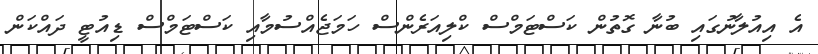
އެ އިއުލާނުގައި ބުނާ ގޮތުން ކަސްޓަމްސް ކްލިއަރެންސް ހަމަޖެއްސުމާއި ކަސްޓަމްސް ޑިއުޓީ ދައްކަން